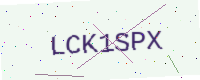
Text: LCK1SPX